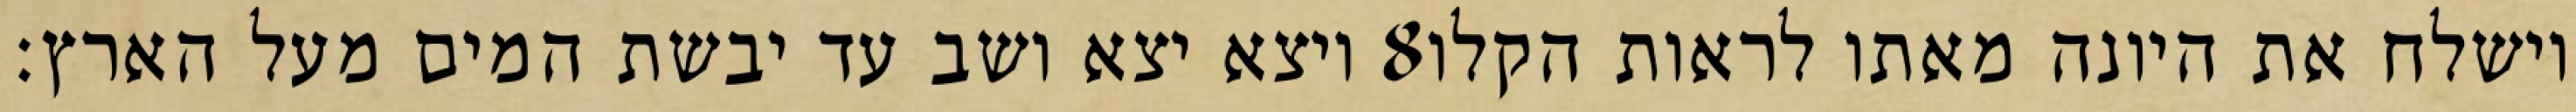
ויצא יצא ושב עד יבשת המים מעל הארץ׃ ‎8‏ וישלח את היונה מאתו לראות הקלו